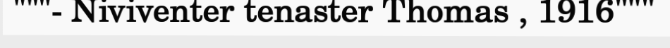
"""- Niviventer tenaster Thomas , 1916"""